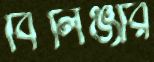
বিলিঞ্জার